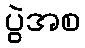
ပွဲအစ